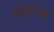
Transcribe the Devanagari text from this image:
कोष्ठात्मक